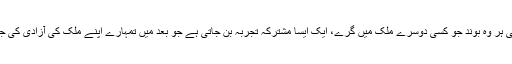
چے نے کہا ’’ خون کی ہر وہ بوند جو کسی دوسرے ملک میں گرے، ایک ایسا مشترکہ تجربہ بن جاتی ہے جو بعد میں تمہارے اپنے ملک کی آزادی کی جنگ کا حصہ بنتی ہے۔